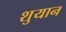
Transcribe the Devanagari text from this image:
शुयान